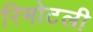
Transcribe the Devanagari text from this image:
रिमोटली